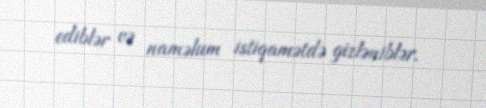
ediblər və naməlum istiqamətdə gizləniblər.